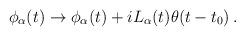
LaTeX: \begin{align*}\phi_{\alpha}(t)\to\phi_{\alpha}(t)+iL_{\alpha}(t)\theta(t-t_0)\,.\end{align*}